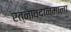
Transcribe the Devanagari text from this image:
रत्नावदानमाला